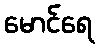
မောင်ရေ